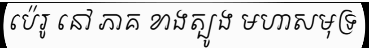
ប៉េរូ នៅ ភាគ ខាងត្បូង មហាសមុទ្រ